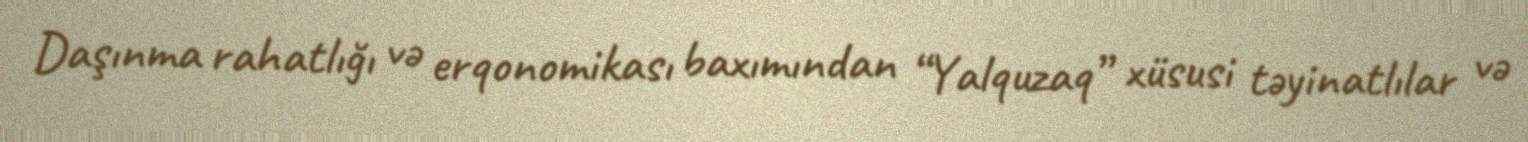
Daşınma rahatlığı və erqonomikası baxımından “Yalquzaq” xüsusi təyinatlılar və